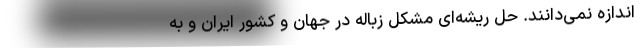
اندازه نمی‌دانند. حل ریشه‌ای مشکل زباله در جهان و کشور ایران و به